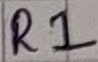
Text: R1